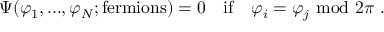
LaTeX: \Psi ( \varphi _ { 1 } , . . . , \varphi _ { N } ; \mathrm { f e r m i o n s } ) = 0 \quad \mathrm { i f } \quad \varphi _ { i } = \varphi _ { j } \ \mathrm { m o d } \ 2 \pi \ .